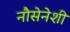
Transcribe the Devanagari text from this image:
नौसेनेशी